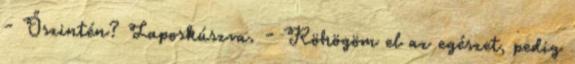
- Őszintén? Laposkúszva. - Röhögöm el az egészet, pedig